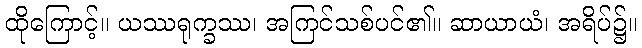
ထိုကြောင့်။ ယဿရုက္ခဿ၊ အကြင်သစ်ပင်၏။ ဆာယာယံ၊ အရိပ်၌။